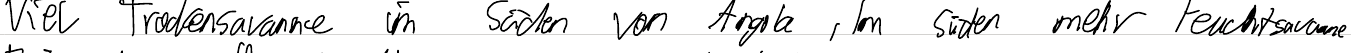
Viel Trockensavanne im Süden von Angola, Im Süden mehr Feuchtsavanne